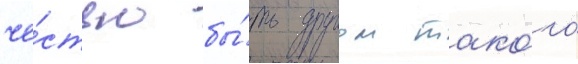
че́стью бы́ть другом тако́го